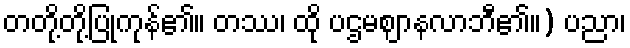
တတို့တို့ပြုကုန်၏။ တဿ၊ ထို ပဌမဈာနလာဘီ၏။) ပညာ၊